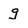
Character: g